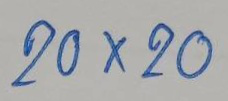
20 x 20